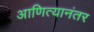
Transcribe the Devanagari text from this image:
आणित्यानंतर